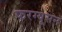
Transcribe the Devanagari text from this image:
फरग्यूसन